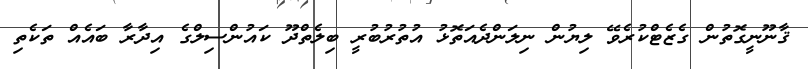
ޤާނޫނީގޮތުން ގެޒެޓްކުރެވޭ ލިޔުން ނިލަންދެއަތޮޅު އުތުރުބުރީ ބިލެތްދޫ ކައުންސިލްގެ އިދާރާ ބައެއް ތަކެތި